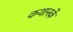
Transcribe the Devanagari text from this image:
कथानकें